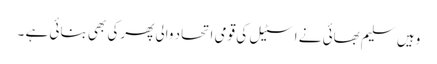
وہیں سلیم بھائی نے اسٹیل کی قومی اتحاد والی پھرکی بھی بنائی ہے ۔